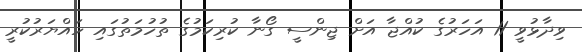
ވިދާޅުވީ 11 އަހަރުގެ ކުއްޖާ އަށް ޖިންސީ ގޯނާ ކުރިކަމުގެ ތުހުމަތުގައި ހައްޔަރުކުރީ